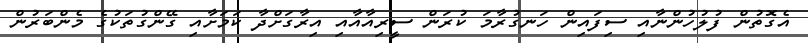
އެގޮތުން ފުލުހުންނާއި ސިފައިން ހަނގުރާމަ ކުރަން ސީރިއާއާއި އިރާގަށްދާ ކަަމަަށާއި ގޭންގުތަކުގެ މެންބަރުން